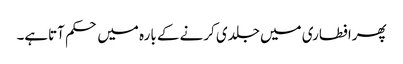
پھرافطاری میں جلدی کرنے کے بارہ میں حکم آتاہے۔